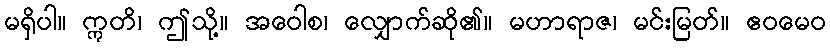
မရှိပါ။ ဣတိ၊ ဤသို့။ အဝေါစ၊ လျှောက်ဆို၏။ မဟာရာဇ၊ မင်းမြတ်။ ဧဝမေဝ